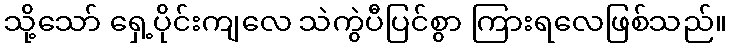
သို့သော် ရှေ့ပိုင်းကျလေ သဲကွဲပီပြင်စွာ ကြားရလေဖြစ်သည်။